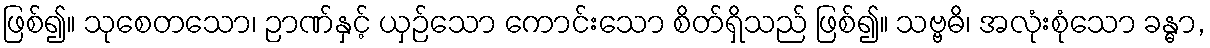
ဖြစ်၍။ သုစေတသော၊ ဉာဏ်နှင့် ယှဉ်သော ကောင်းသော စိတ်ရှိသည် ဖြစ်၍။ သဗ္ဗဓိ၊ အလုံးစုံသော ခန္ဓာ,